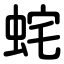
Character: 䖳